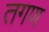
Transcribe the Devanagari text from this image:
तगण